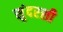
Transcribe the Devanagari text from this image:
सुंदरशी